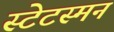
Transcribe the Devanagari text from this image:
स्टेटस्मन